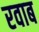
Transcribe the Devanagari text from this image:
रवाब